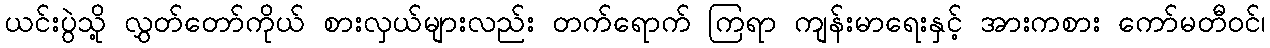
ယင်းပွဲသို့ လွှတ်တော်ကိုယ် စားလှယ်များလည်း တက်ရောက် ကြရာ ကျန်းမာရေးနှင့် အားကစား ကော်မတီဝင်၊